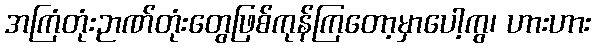
အကြံတုံးဉာဏ်တုံးတွေဖြစ်ကုန်ကြတော့မှာပေါ့ကွ၊ ဟားဟား